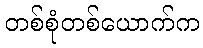
တစ်စုံတစ်ယောက်က